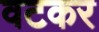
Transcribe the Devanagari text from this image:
वटकर